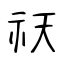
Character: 祆